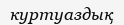
куртуаздық